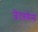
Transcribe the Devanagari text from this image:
जेंटलमेंन्स